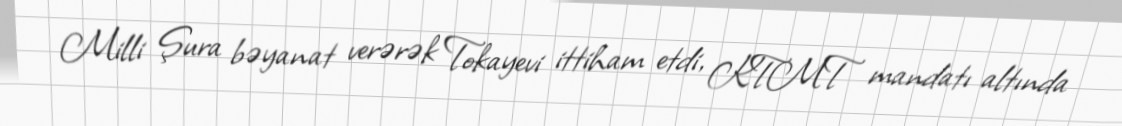
Milli Şura bəyanat verərək Tokayevi ittiham etdi, KTMT mandatı altında